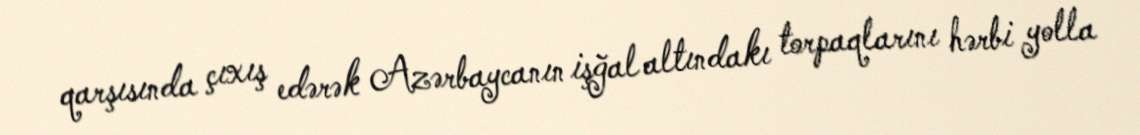
qarşısında çıxış edərək Azərbaycanın işğal altındakı torpaqlarını hərbi yolla